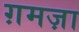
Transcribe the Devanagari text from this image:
ग़मज़ा